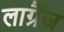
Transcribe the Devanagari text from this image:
लाग्रैंज